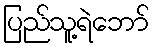
ပြည်သူ့ရဲဘော်